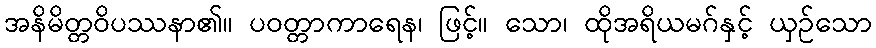
အနိမိတ္တဝိပဿနာ၏။ ပဝတ္တာကာရေန၊ ဖြင့်။ သော၊ ထိုအရိယမဂ်နှင့် ယှဉ်သော